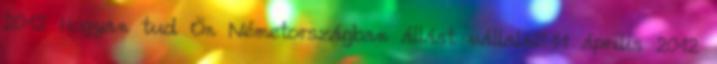
2012 Hogyan tud Ön Németországban állást vállalni?11 április 2012